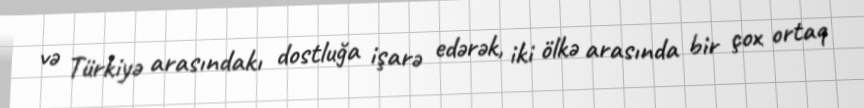
və Türkiyə arasındakı dostluğa işarə edərək, iki ölkə arasında bir çox ortaq